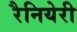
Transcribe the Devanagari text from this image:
रैनियेरी